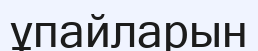
ұпайларын